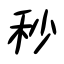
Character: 秒